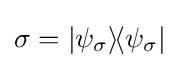
\sigma =|\psi _{\sigma }\rangle \!\langle \psi _{\sigma }|